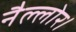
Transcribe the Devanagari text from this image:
नैल्‍लोर।